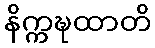
နိက္ကဍ္ဎထာတိ